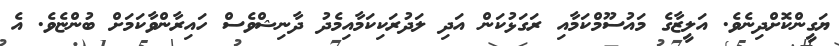
ޔަގީންކޮށްދިނެވެ. އަލީޒާގެ މައުސޫމްކަމާއި ރަގަޅުކަން އަދި ލަދުރަކިކަމާއިމެދު ދާނިޝްވެސް ހައިރާންވާކަމަށް ބުންޏެވެ. އެ